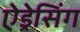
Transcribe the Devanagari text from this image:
ऐड्रेसिंग